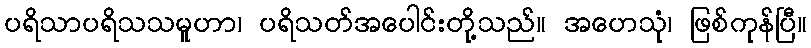
ပရိသာပရိသသမူဟာ၊ ပရိသတ်အပေါင်းတို့သည်။ အဟေသုံ၊ ဖြစ်ကုန်ပြီ။